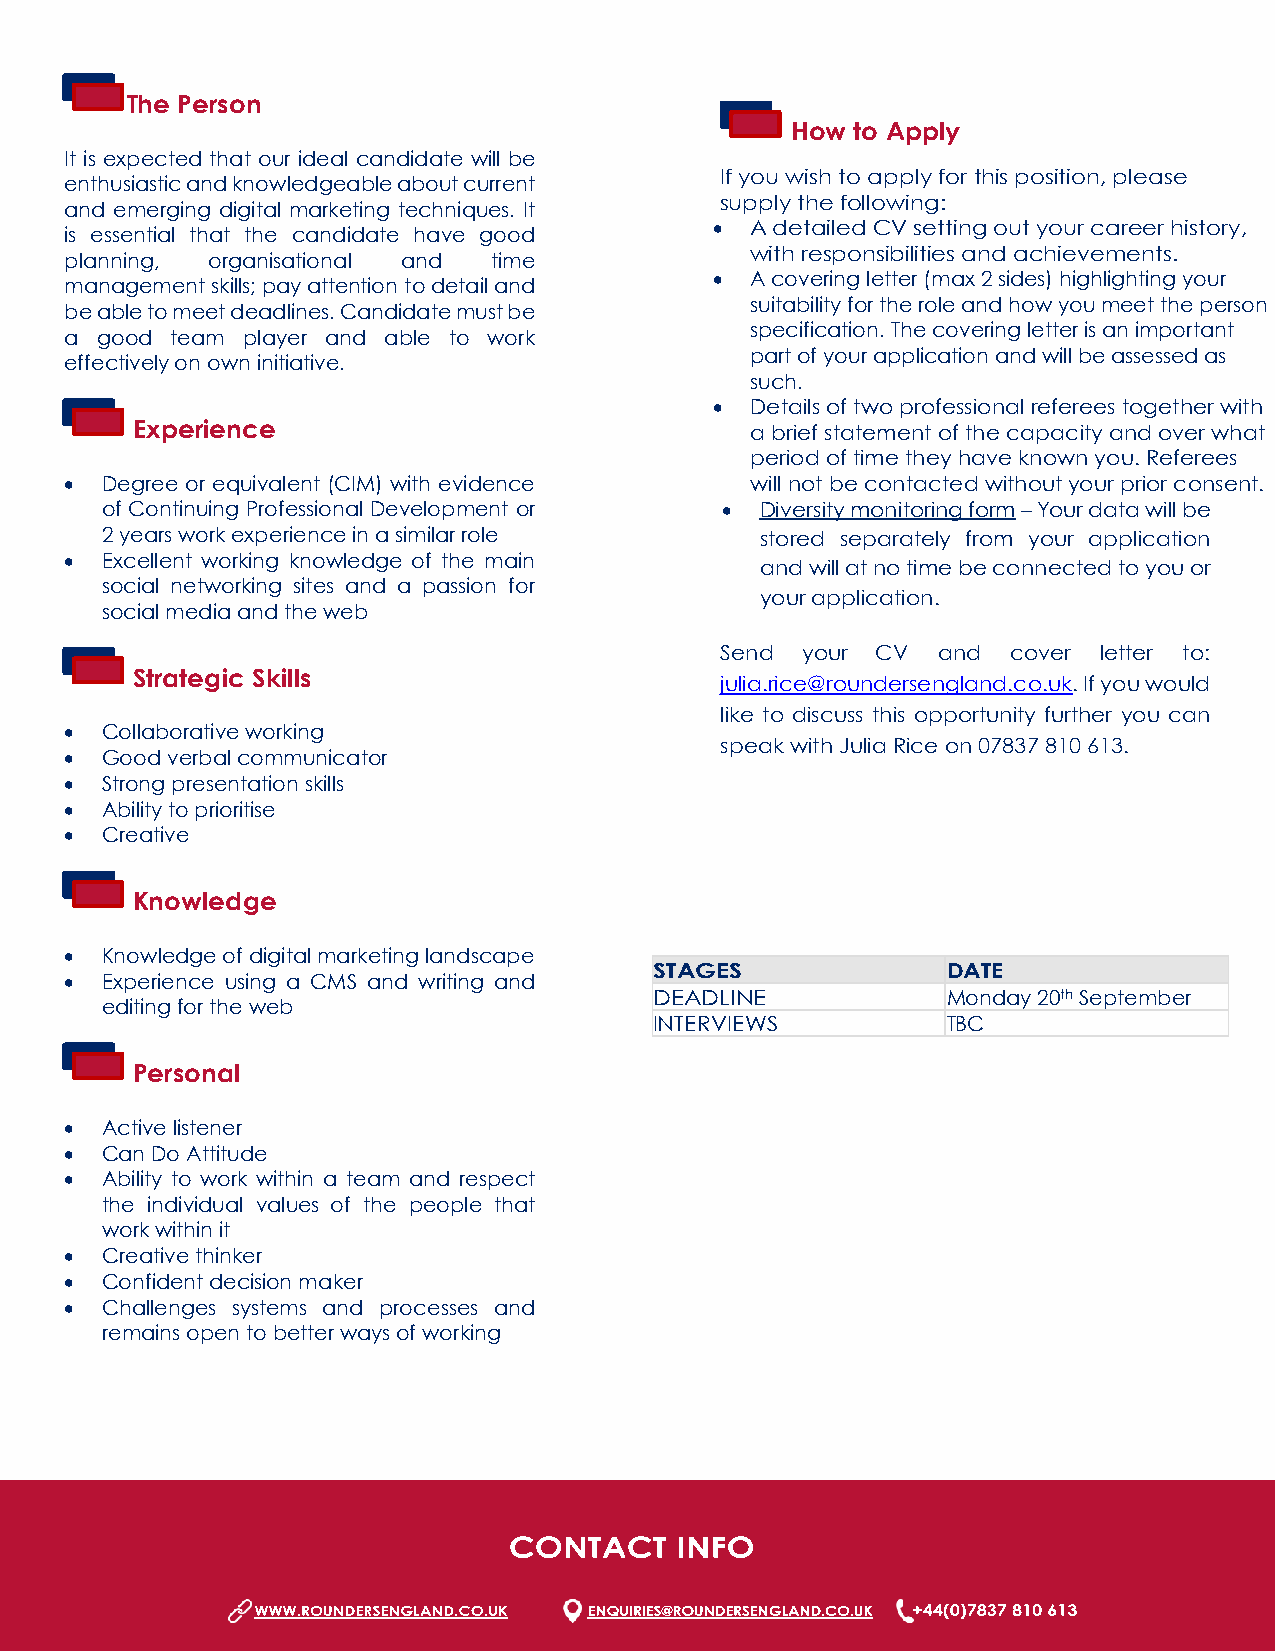
The Person
 How to Apply
 It is expected that our ideal candidate will be
 If you wish to apply for this position, please
 enthusiastic and knowledgeable about current
 supply the following:
 and emerging digital marketing techniques. It
 •  A detailed CV setting out your career history,
 is essential that the candidate have good
 with responsibilities and achievements.
 planning, organisational and time
 •  A covering letter (max 2 sides) highlighting your
 management skills; pay attention to detail and
 suitability for the role and how you meet the person
 be able to meet deadlines. Candidate must be
 specification. The covering letter is an important
 a good team player and able to work
 part of your application and will be assessed as
 effectively on own initiative.
 such.
 •  Details of two professional referees together with
 Experience                               a brief statement of the capacity and over what
 period of time they have known you. Referees
 •  Degree or equivalent (CIM) with evidence   will not be contacted without your prior consent.
 of Continuing Professional Development or • Diversity monitoring form – Your data will be
 2 years work experience in a similar role  stored separately from your application
 •  Excellent working knowledge of the main
 and will at no time be connected to you or
 social networking sites and a passion for
 your application.
 social media and the web
 Send your CV  and  cover letter to:
 Strategic Skills
 julia.rice@roundersengland.co.uk. If you would
 like to discuss this opportunity further you can
 •  Collaborative working
 speak with Julia Rice on 07837 810 613.
 •  Good verbal communicator
 •  Strong presentation skills
 •  Ability to prioritise
 •  Creative
 Knowledge
 •  Knowledge of digital marketing landscape
 STAGES              DATE
 •  Experience using a CMS and writing and
 DEADLINE            Monday 20th September
 editing for the web
 INTERVIEWS          TBC
 Personal
 •  Active listener
 •  Can Do Attitude
 •  Ability to work within a team and respect
 the individual values of the people that
 work within it
 •  Creative thinker
 •  Confident decision maker
 •  Challenges systems and processes and
 remains open to better ways of working